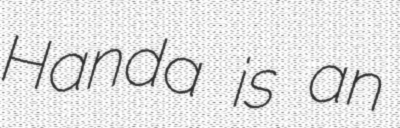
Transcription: Handa is an